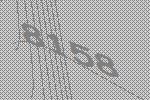
8158